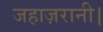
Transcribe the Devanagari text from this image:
जहाज़रानी।